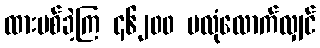
ထားပစ်ခဲ့ကြ ၄၆၂၀၀ မလုံလောက်လျှင်